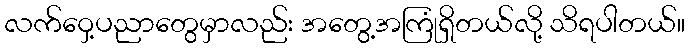
လက်ဝှေ့ပညာတွေမှာလည်း အတွေ့အကြုံရှိတယ်လို့ သိရပါတယ်။